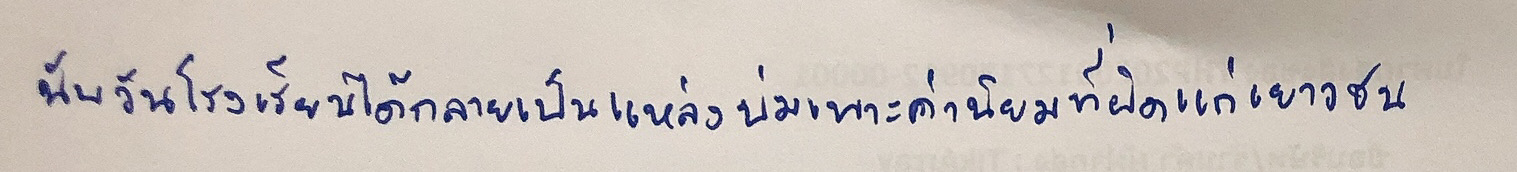
นับวันโรงเรียนได้กลายเป็นแหล่งบ่มเพาะค่านิยมที่ผิดแก่เยาวชน